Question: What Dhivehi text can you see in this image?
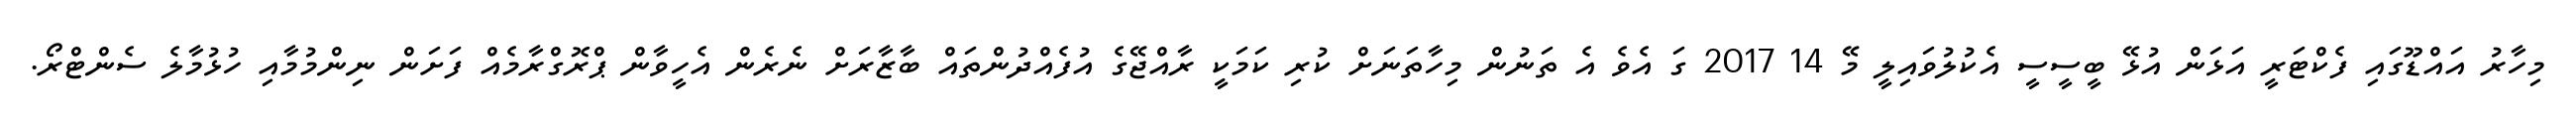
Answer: މިހާރު އައްޑޫގައި ފެކްޓަރީ އަޅަން އުޅޭ ބީސީސީ އެކުލުވައިލީ މޭ 14 2017 ގަ އެވެ އެ ތަނުން މިހާތަނަށް ކުރި ކަމަކީ ރާއްޖޭގެ އުފެއްދުންތައް ބާޒާރަށް ނެރެން އެހީވާން ޕްރޮގްރާމެއް ފަށަން ނިންމުމާއި ހުޅުމާލެ ސެންޓްރޯ.